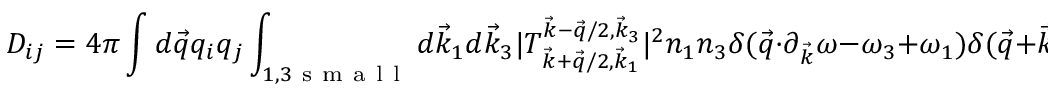
D _ { i j } = 4 \pi \int d \vec { q } q _ { i } q _ { j } \int _ { 1 , 3 \mathrm { ~ s ~ m ~ a ~ l ~ l ~ } } d \vec { k } _ { 1 } d \vec { k } _ { 3 } | T _ { \vec { k } + \vec { q } / 2 , \vec { k } _ { 1 } } ^ { \vec { k } - \vec { q } / 2 , \vec { k } _ { 3 } } | ^ { 2 } n _ { 1 } n _ { 3 } \delta ( \vec { q } \cdot \partial _ { \vec { k } } \omega - \omega _ { 3 } + \omega _ { 1 } ) \delta ( \vec { q } + \vec { k } _ { 1 } - \vec { k } _ { 3 } ) .